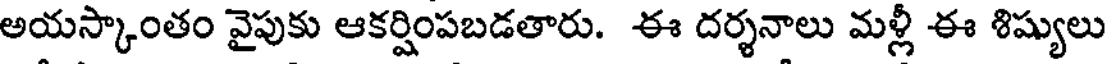
అయస్కాంతం వైపుకు ఆకర్షింపబడతారు. ఈ దర్శనాలు మళ్లీ ఈ శిష్యులు